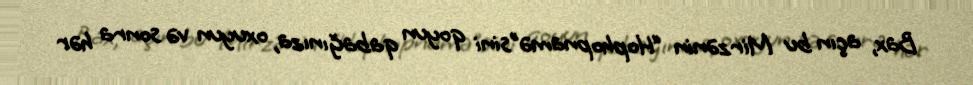
Bax, açın bu Mirzənin “Hophopnamə”sini qoyun qabağınıza, oxuyun və sonra hər